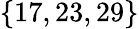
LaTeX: \lbrace 17,23,29\rbrace